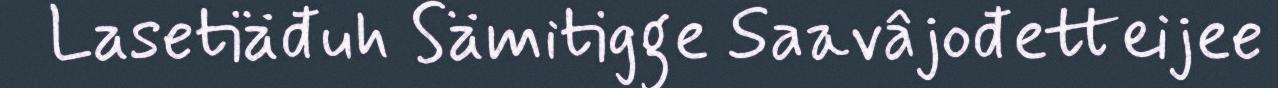
Lasetiäđuh Sämitigge Saavâjođetteijee